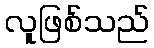
လူဖြစ်သည်